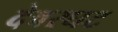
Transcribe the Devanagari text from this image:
देवरघट